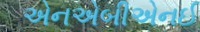
એનએબીએનઈ